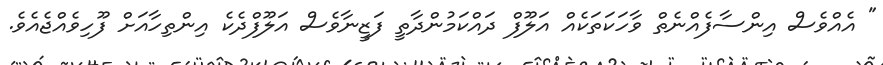
" އެއްވެސް އިންސާފެއްނެތް ވާހަކަތަކެއް އަލޫފް ދައްކަމުންދާތީ ފަޒީނާވެސް އަލޫފްދެކެ އިންތިހާއަށް ފޫހިވެއްޖެއެވެ.